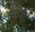
ધડિયાલ